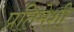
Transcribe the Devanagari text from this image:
प्रतिमेशी